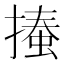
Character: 𢳨